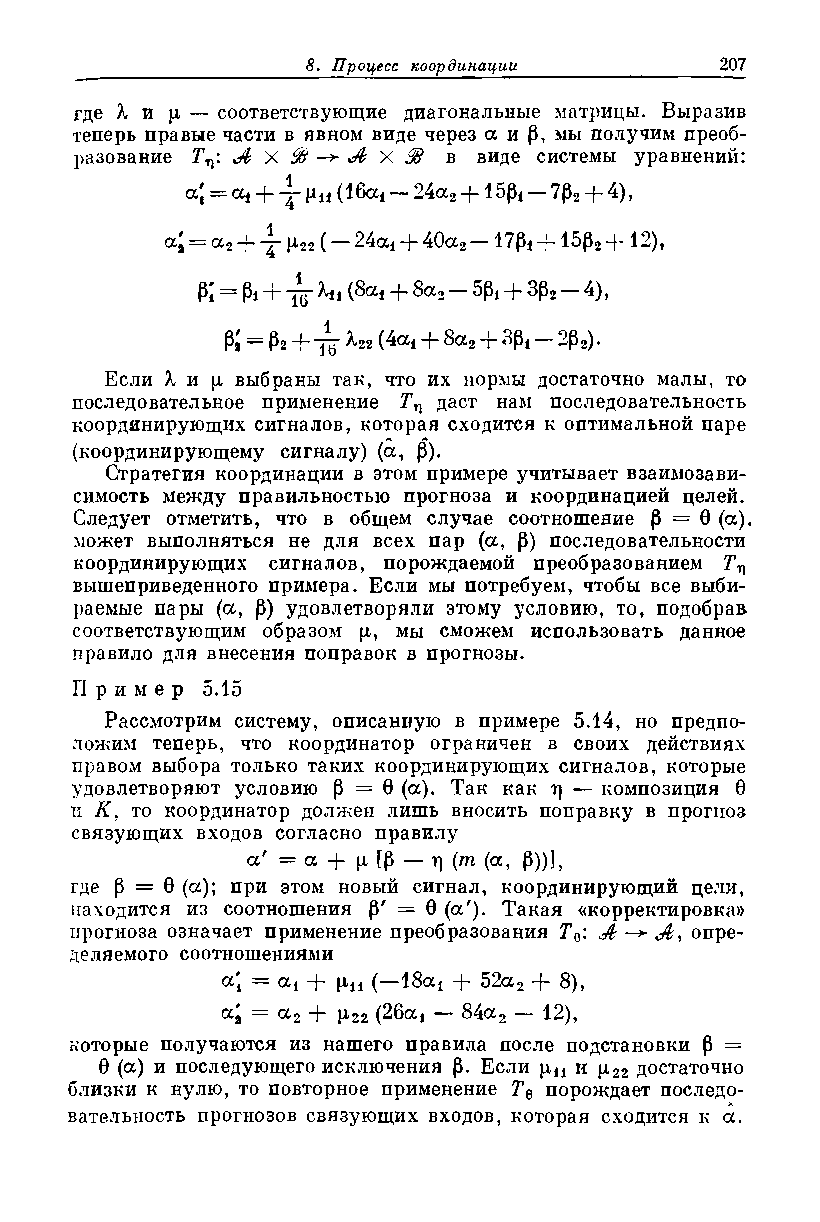
где X и [г — соответствующие диагональные матрицы. Выразив
 теперь правые части в явном виде через аир, мы получим преоб­
 разование A  X % -*• ^ X ^ в виде системы уравнений:
 Ии (16а! — 24а3 + 15р< — 7р2 + 4),
 а, = а2 -|- 1^22 (— 24ai -f- 40a2 — 17Pi —(— 15p2 12),
 P; = Pi + “jg” (8ai + 8a2 — 5p* + 3p2 — 4),
 Pa— P2 + ^22 (4а* + 8а2 + Зр* — 2p2).
 Если X и р выбраны так, что их нормы достаточно малы, то
 последовательное применение Тп даст нам последовательность
 координирующих сигналов, которая сходится к оптимальной паре
 (координирующему сигналу) (а, Р).
 Стратегия координации в этом примере учитывает взаимозави­
 симость между правильностью прогноза и координацией целей.
 Следует отметить, что в общем случае соотношение р = 0 (а),
 может выполняться не для всех nap (а, Р) последовательности
 координирующих сигналов, порождаемой преобразованием
 вышеприведенного примера. Если мы потребуем, чтобы все выби­
 раемые пары (а, Р) удовлетворяли этому условию, то, подобрав
 соответствующим образом р, мы сможем использовать данное
 правило для внесения поправок в прогнозы.
 Пр име р 5.15
 Рассмотрим систему, описанную в примере 5.14, но предпо­
 ложим теперь, что координатор ограничен в своих действиях
 правом выбора только таких координирующих сигналов, которые
 удовлетворяют условию р — 0 (а). Так как г) — композиция 0
 и К, то координатор должен лишь вносить поправку в прогноз
 связующих входов согласно правилу
 а' = а + ц [р — г] (m (а, Р))],
 где р = 0 (а); при этом новый сигнал, координирующий цели,
 находится из соотношения Р' = 0 (а'). Такая «корректировка»
 прогноза означает применение преобразования Т0: А А, опре­
 деляемого соотношениями
 «1 = <*1 + Н-н (—18а! + 52а2 + 8),
 ц.22 (26а! — 84а2 — 12),
 = а 2 -\-
 которые получаются из нашего правила после подстановки Р —
 0 (а) и последующего исключения р. Если р,и и ц22 достаточно
 близки к нулю, то повторное применение Г0 порождает последо­
 вательность прогнозов связующих входов, которая сходится к а.